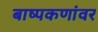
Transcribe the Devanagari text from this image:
बाष्पकणांवर